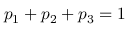
p _ { 1 } + p _ { 2 } + p _ { 3 } = 1